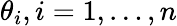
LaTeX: \theta_{i},i=1,\ldots,n